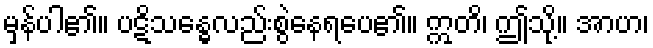
မှန်ပါ၏။ ပဋိသန္ဓေလည်းစွဲနေရပေ၏။ ဣတိ၊ ဤသို့။ အာဟ၊